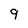
Character: 9